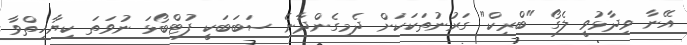
އޭނާ ވިދާޅުވީ ލެގޯ "ބްރިކް" ގަރުނުތަކަކަށް ދެމިގެންދާނެ ސަބަބަކީ ފުޓްބޯޅަ ނުވަތަ ކިޔާހިތްވާ